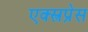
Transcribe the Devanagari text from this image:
एक्स्त्रप्रेस